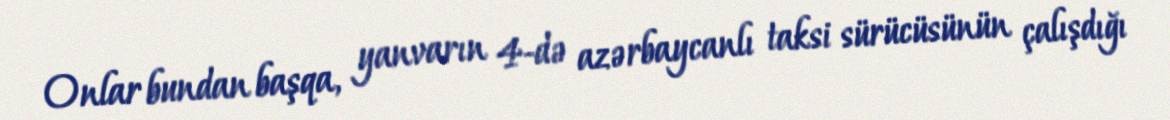
Onlar bundan başqa, yanvarın 4-də azərbaycanlı taksi sürücüsünün çalışdığı